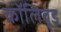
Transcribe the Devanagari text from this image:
कॉलिवूड